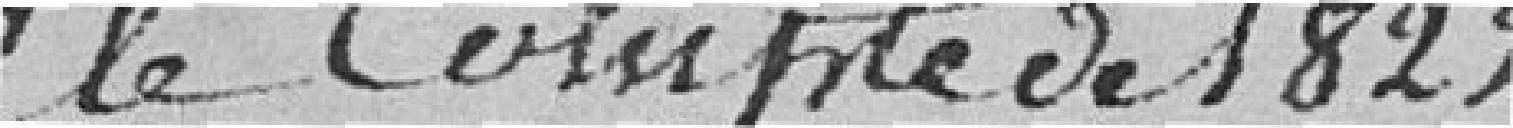
sur le compte de 1822